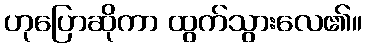
ဟုပြောဆိုကာ ထွက်သွားလေ၏။